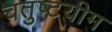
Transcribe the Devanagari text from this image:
चतुष्टयीम